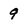
Character: 9